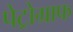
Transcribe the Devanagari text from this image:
पेट्रोग्राफ